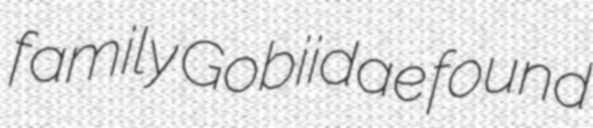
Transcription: family Gobiidae found